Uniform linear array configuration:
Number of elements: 4
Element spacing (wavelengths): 0.5
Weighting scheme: hann
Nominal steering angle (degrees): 45
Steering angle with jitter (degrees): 44.932
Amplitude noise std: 0.05
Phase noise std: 0.05

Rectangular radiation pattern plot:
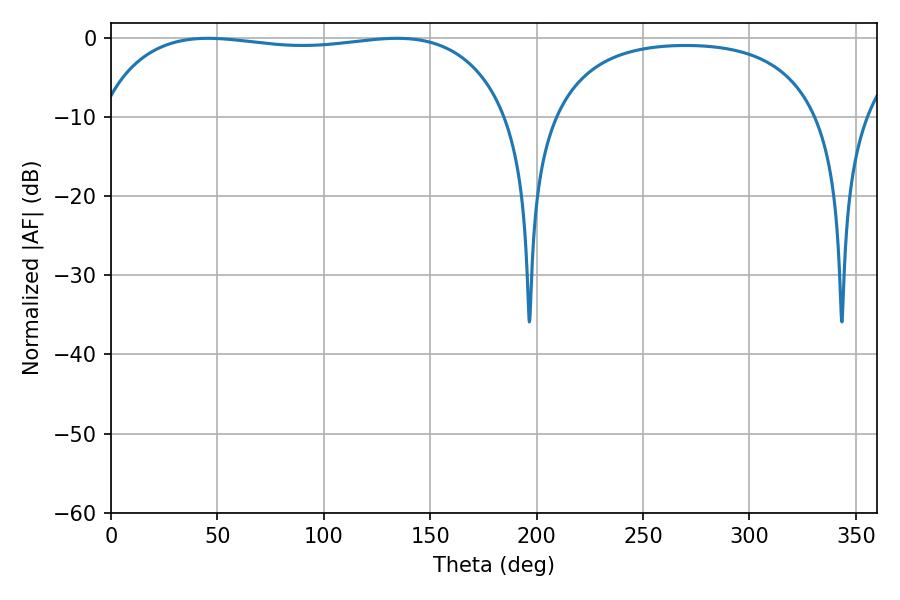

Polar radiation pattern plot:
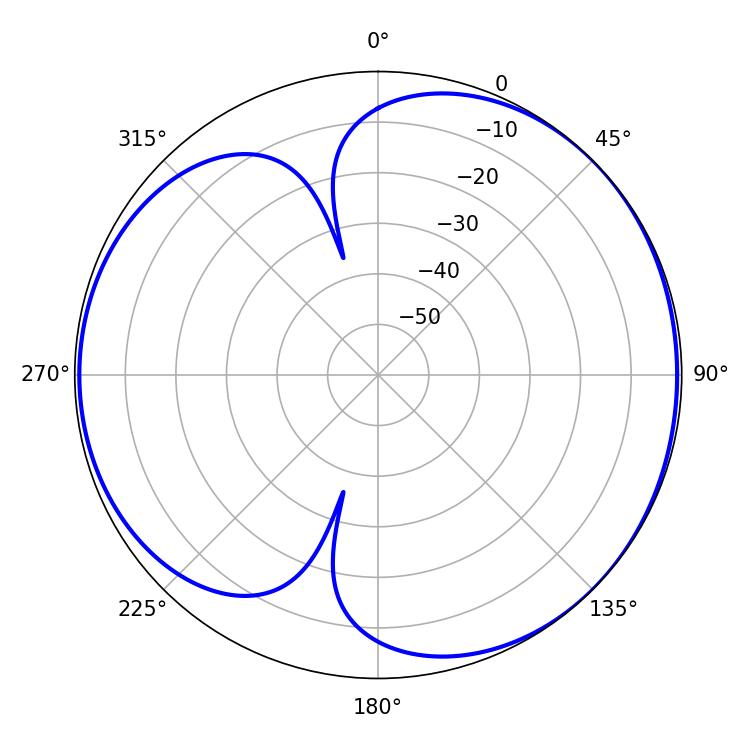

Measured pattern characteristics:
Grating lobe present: FALSE
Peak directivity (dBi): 4.567
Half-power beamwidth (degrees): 155.16
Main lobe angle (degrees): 45.54